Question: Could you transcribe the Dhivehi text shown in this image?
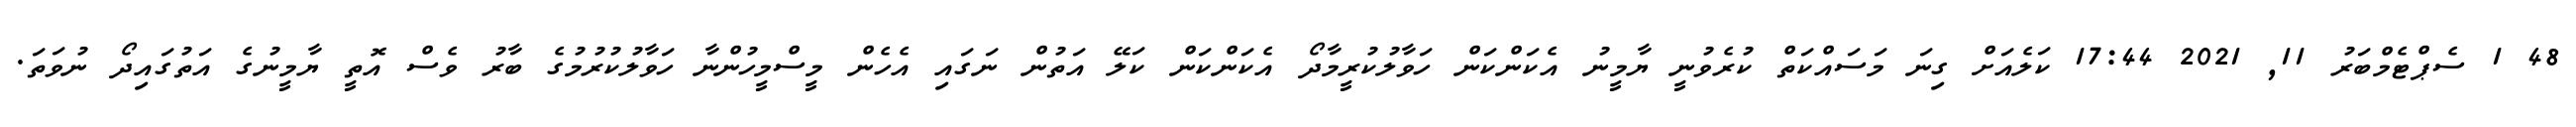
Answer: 48 1 ސެޕްޓެމްބަރު 11, 2021 17:44 ކަލެއަށް ގިނަ މަސައްކަތް ކުރެވުނީ ޔާމީނު އެކަންކަން ހަވާލުކުރީމާދޯ އެކަންކަން ކަލޭ އަތުން ނަގައި އެހެން މީސްމީހުންނާ ހަވާލުކުރުމުގެ ބާރު ވެސް އޮތީ ޔާމީނުގެ އަތުގައިދޯ ނުވަތަ.